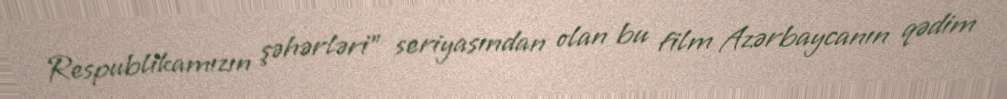
Respublikamızın şəhərləri" seriyasından olan bu film Azərbaycanın qədim